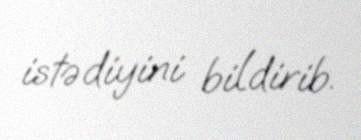
istədiyini bildirib.